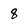
Character: 8